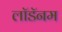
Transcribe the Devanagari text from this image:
लॉडॅनम